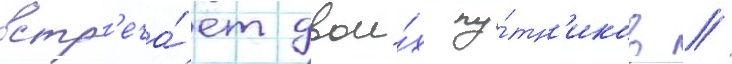
встр'еча́ет двои́х пу́тн'иков //